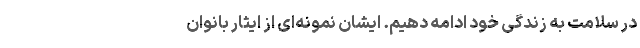
در سلامت به زندگی خود ادامه دهیم. ایشان نمونه‌ای از ایثار بانوان